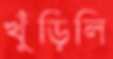
খুঁড়িলি